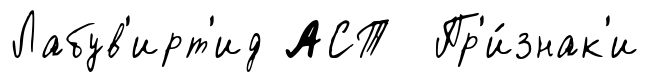
Лабув'ирт'ид АСТ Пр'и́знак'и